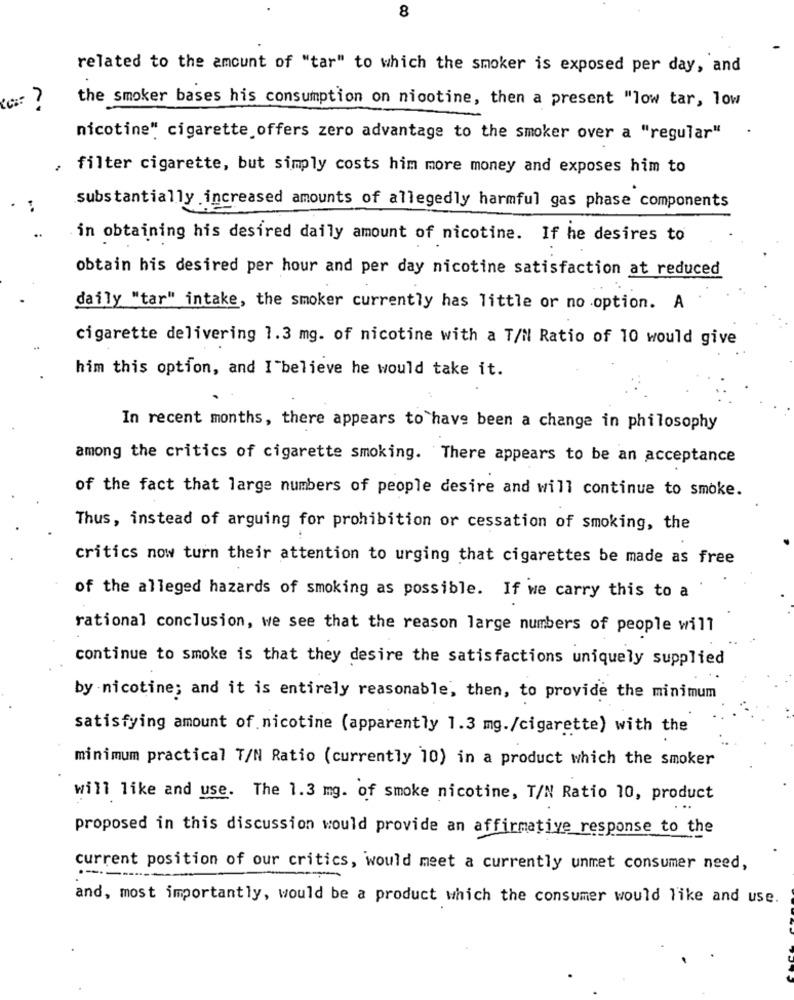
8
related to the amount of "tar" to which the smoker is exposed per day, and
the smoker bases his consumption on nicotine, then a present "low tar, low
.
nicotine" cigarette offers zero advantage to the smoker over a "regular"
filter cigarette, but simply costs him more money and exposes him to
substantially increased amounts of allegedly harmful gas phase components
..
in obtaining his desired daily amount of nicotine. If he desires to
obtain his desired per hour and per day nicotine satisfaction at reduced
daily "tar" intake, the smoker currently has little or no option. A
cigarette delivering 1.3 mg. of nicotine with a T/N Ratio of 10 would give
him this option, and I believe he would take it.
In recent months, there appears to have been a change in philosophy
among the critics of cigarette smoking. There appears to be an acceptance
of the fact that large numbers of people desire and will continue to smoke.
Thus, instead of arguing for prohibition or cessation of smoking, the
critics now turn their attention to urging that cigarettes be made as free
of the alleged hazards of smoking as possible. If we carry this to a
rational conclusion, we see that the reason large numbers of people will
continue to smoke is that they desire the satisfactions uniquely supplied
by nicotine; and it is entirely reasonable, then, to provide the minimum
satisfying amount of nicotine (apparently 1.3 mg./cigarette) with the
minimum practical T/N Ratio (currently 10) in a product which the smoker
will like and use. The 1.3 mg. of smoke nicotine, T/N Ratio 10, product
proposed in this discussion would provide an affirmative_response to the
current position of our critics, would meet a currently unmet consumer need,
----
and, most importantly, would be a product which the consumer would like and use.